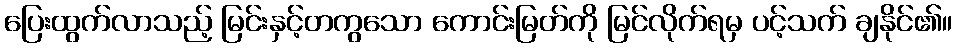
ပြေးထွက်လာသည့် မြင်းနှင့်တကွသော ကောင်းမြတ်ကို မြင်လိုက်ရမှ ပင့်သက် ချနိုင်၏။